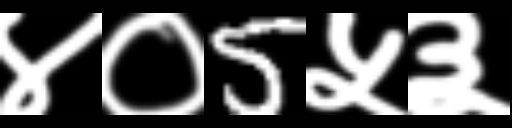
Text: ४०5५३